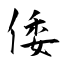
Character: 倭